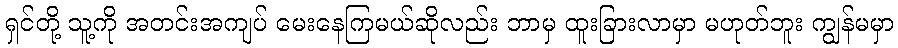
ရှင်တို့ သူ့ကို အတင်းအကျပ် မေးနေကြမယ်ဆိုလည်း ဘာမှ ထူးခြားလာမှာ မဟုတ်ဘူး ကျွန်မမှာ